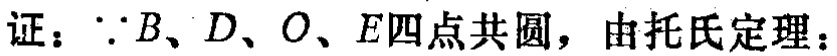
证：\(\because B、D、O、E\)四点共圆，由托氏定理：